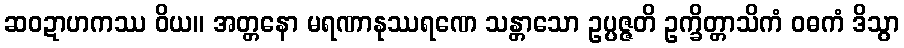
ဆဝဍာဟကဿ ဝိယ။ အတ္တနော မရဏာနုဿရဏေ သန္တာသော ဥပ္ပဇ္ဇတိ ဥက္ခိတ္တာသိကံ ဝဓကံ ဒိသွာ